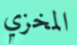
المخزي